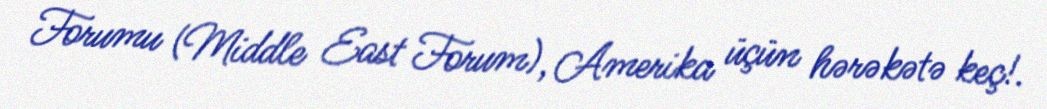
Forumu (Middle East Forum), Amerika üçün hərəkətə keç!.